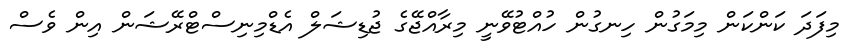
މިފަދަ ކަންކަން މިމަގުން ހިނގުން ހުއްޓުވޭނީ މިރާއްޖޭގެ ޖުޑިޝަލް އެޑްމިނިސްޓްރޭޝަން އިން ވެސް